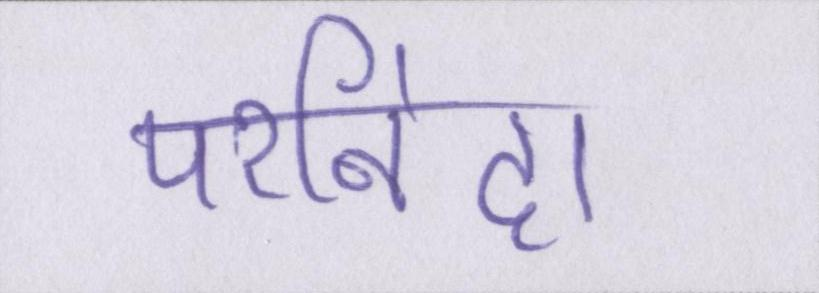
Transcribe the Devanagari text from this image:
परनिंदा